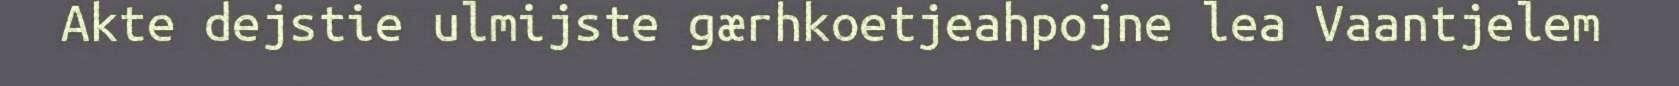
Akte dejstie ulmijste gærhkoetjeahpojne lea Vaantjelem